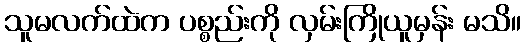
သူမလက်ထဲက ပစ္စည်းကို လှမ်းကြိုယူမှန်း မသိ။